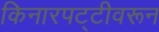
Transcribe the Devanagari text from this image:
किनारपट्टीवरून